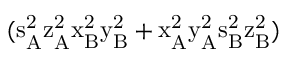
( \mathrm { s _ { A } ^ { 2 } \mathrm { z _ { A } ^ { 2 } \mathrm { x _ { B } ^ { 2 } \mathrm { y _ { B } ^ { 2 } + \mathrm { x _ { A } ^ { 2 } \mathrm { y _ { A } ^ { 2 } \mathrm { s _ { B } ^ { 2 } \mathrm { z _ { B } ^ { 2 } ) } } } } } } } }